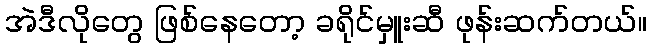
အဲဒီလိုတွေ ဖြစ်နေတော့ ခရိုင်မှူးဆီ ဖုန်းဆက်တယ်။